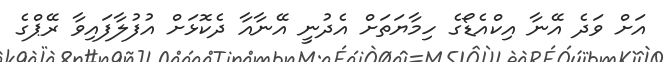
އަށް ވަދެ އޭނާ އިކްއެޑޯގެ ހިމާޔަތަށް އެދުނީ އޭނާއާ ދެކޮޅަށް އުފުލާފައިވާ ރޭޕްގެ